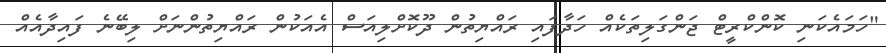
"ހަމައެކަނި ކޮންކްރީޓް ޖަންގަލިތަކެއް ހަދާފައި ރައްޔިތުން ދޫކޮށްލިއަސް އެއަކުން ރައްޔިތުންނަށް ލިބޭނެ ފައިދާއެއް